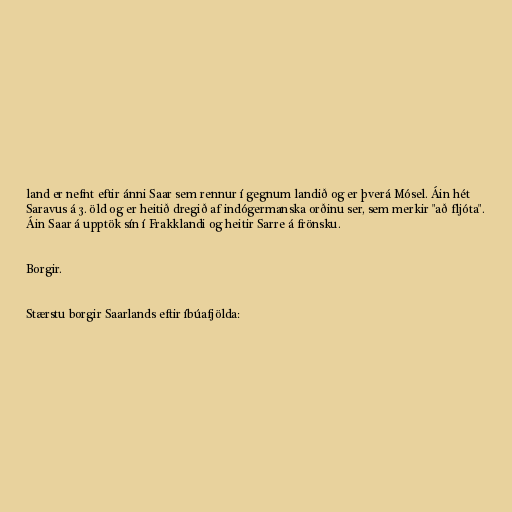
land er nefnt eftir ánni Saar sem rennur í gegnum landið og er þverá Mósel. Áin hét
Saravus á 3. öld og er heitið dregið af indógermanska orðinu ser, sem merkir "að fljóta".
Áin Saar á upptök sín í Frakklandi og heitir Sarre á frönsku.

Borgir.

Stærstu borgir Saarlands eftir íbúafjölda: